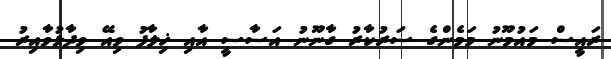
ރައީސް މައުމޫނު މަމެންގެ ސަރުކާރު ގާނޫނު އަސާސީ އާއި ޚިލާފު ވިއޭ ވިދާޅުވާއިރު